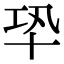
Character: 𠦘